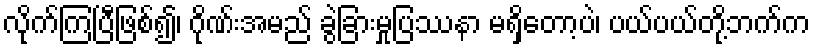
လိုက်ကြပြီဖြစ်၍၊ ဂိုဏ်းအမည် ခွဲခြားမှုပြဿနာ မရှိတော့ပဲ၊ ပယ်ပယ်တို့ဘက်က